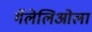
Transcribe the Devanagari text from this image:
गॅलेलिओला